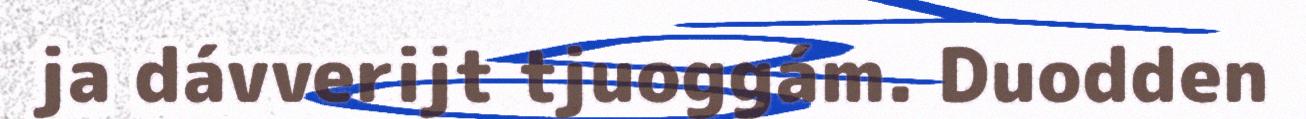
ja dávverijt tjuoggám. Duodden